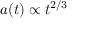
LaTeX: a ( t ) \propto t ^ { 2 / 3 }